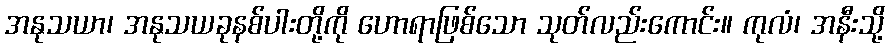
အနုသယာ၊ အနုသယခုနစ်ပါးတို့ကို ဟောရာဖြစ်သော သုတ်လည်းကောင်း။ ကုလံ၊ အနီးသို့